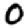
Digit: 0